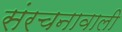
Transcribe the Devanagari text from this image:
संरचनावाली